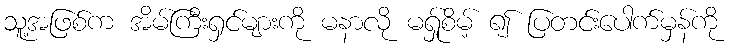
သူ့အဖြစ်က အိမ်ကြီးရှင်များကို မနာလို မရ်ှုစိမ့် ၍ ပြတင်းပေါက်မှန်ကို